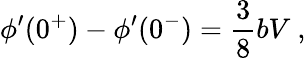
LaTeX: \phi^{\prime}(0^{+})-\phi^{\prime}(0^{-})=\frac{3}{8}bV~,